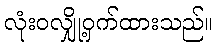
လုံးဝလျှို့ဝှက်ထားသည်။